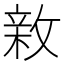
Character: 𢾉